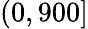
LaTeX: (0,900]